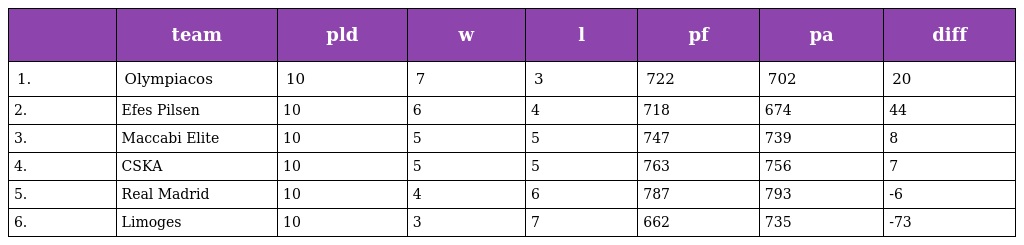
|  | team | pld | w | l | pf | pa | diff |
 | --- | --- | --- | --- | --- | --- | --- | --- |
 | 1. | Olympiacos | 10 | 7 | 3 | 722 | 702 | 20 |
 | 2. | Efes Pilsen | 10 | 6 | 4 | 718 | 674 | 44 |
 | 3. | Maccabi Elite | 10 | 5 | 5 | 747 | 739 | 8 |
 | 4. | CSKA | 10 | 5 | 5 | 763 | 756 | 7 |
 | 5. | Real Madrid | 10 | 4 | 6 | 787 | 793 | -6 |
 | 6. | Limoges | 10 | 3 | 7 | 662 | 735 | -73 |